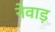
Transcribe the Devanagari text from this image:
नेवाड़